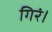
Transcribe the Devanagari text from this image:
गिरं।